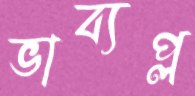
ভাব্যপ্ল